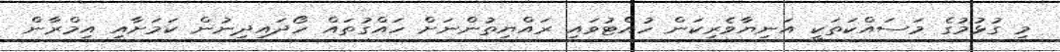
މި ގުޅުމުގެ މަސައްކަތަކީ އަނިޔާވެރިކަން ހުއްޓުވައި ރައްޔިތުންނަށް ހައްގުތައް ހޯދައިދިނުން ކަމަށާއި އިމްރާން